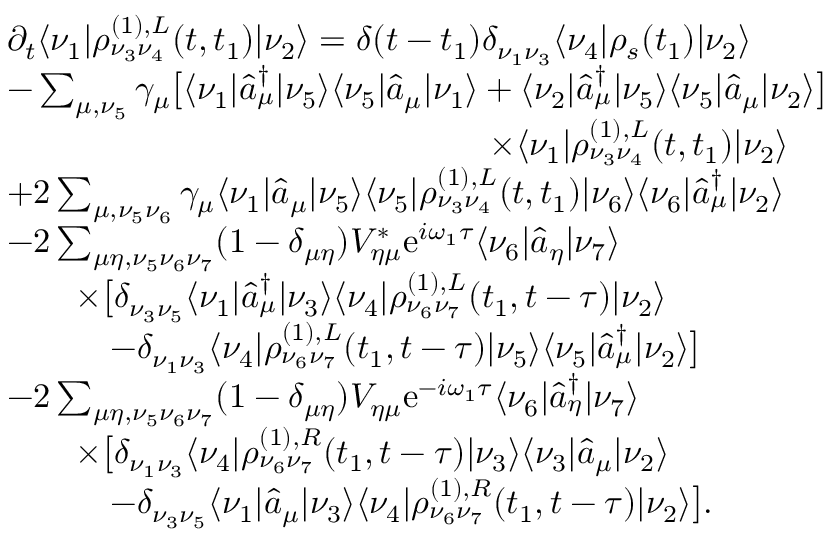
\begin{array} { r l } & { \partial _ { t } \langle \nu _ { 1 } | \rho _ { \nu _ { 3 } \nu _ { 4 } } ^ { ( 1 ) , L } ( t , t _ { 1 } ) | \nu _ { 2 } \rangle = \delta ( t - t _ { 1 } ) \delta _ { \nu _ { 1 } \nu _ { 3 } } \langle \nu _ { 4 } | \rho _ { s } ( t _ { 1 } ) | \nu _ { 2 } \rangle } \\ & { - \sum _ { \mu , \nu _ { 5 } } \gamma _ { \mu } \big [ \langle \nu _ { 1 } | \hat { a } _ { \mu } ^ { \dagger } | \nu _ { 5 } \rangle \langle \nu _ { 5 } | \hat { a } _ { \mu } | \nu _ { 1 } \rangle + \langle \nu _ { 2 } | \hat { a } _ { \mu } ^ { \dagger } | \nu _ { 5 } \rangle \langle \nu _ { 5 } | \hat { a } _ { \mu } | \nu _ { 2 } \rangle \big ] } \\ & { \qquad \qquad \qquad \qquad \qquad \qquad \qquad \times \langle \nu _ { 1 } | \rho _ { \nu _ { 3 } \nu _ { 4 } } ^ { ( 1 ) , L } ( t , t _ { 1 } ) | \nu _ { 2 } \rangle } \\ & { + 2 \sum _ { \mu , \nu _ { 5 } \nu _ { 6 } } \gamma _ { \mu } \langle \nu _ { 1 } | \hat { a } _ { \mu } | \nu _ { 5 } \rangle \langle \nu _ { 5 } | \rho _ { \nu _ { 3 } \nu _ { 4 } } ^ { ( 1 ) , L } ( t , t _ { 1 } ) | \nu _ { 6 } \rangle \langle \nu _ { 6 } | \hat { a } _ { \mu } ^ { \dagger } | \nu _ { 2 } \rangle } \\ & { - 2 \sum _ { \mu \eta , \nu _ { 5 } \nu _ { 6 } \nu _ { 7 } } ( 1 - \delta _ { \mu \eta } ) V _ { \eta \mu } ^ { * } \mathrm { e } ^ { i \omega _ { 1 } \tau } \langle \nu _ { 6 } | \hat { a } _ { \eta } | \nu _ { 7 } \rangle } \\ & { \qquad \times \big [ \delta _ { \nu _ { 3 } \nu _ { 5 } } \langle \nu _ { 1 } | \hat { a } _ { \mu } ^ { \dagger } | \nu _ { 3 } \rangle \langle \nu _ { 4 } | \rho _ { \nu _ { 6 } \nu _ { 7 } } ^ { ( 1 ) , L } ( t _ { 1 } , t - \tau ) | \nu _ { 2 } \rangle } \\ & { \qquad \quad - \delta _ { \nu _ { 1 } \nu _ { 3 } } \langle \nu _ { 4 } | \rho _ { \nu _ { 6 } \nu _ { 7 } } ^ { ( 1 ) , L } ( t _ { 1 } , t - \tau ) | \nu _ { 5 } \rangle \langle \nu _ { 5 } | \hat { a } _ { \mu } ^ { \dagger } | \nu _ { 2 } \rangle \big ] } \\ & { - 2 \sum _ { \mu \eta , \nu _ { 5 } \nu _ { 6 } \nu _ { 7 } } ( 1 - \delta _ { \mu \eta } ) V _ { \eta \mu } \mathrm { e } ^ { - i \omega _ { 1 } \tau } \langle \nu _ { 6 } | \hat { a } _ { \eta } ^ { \dagger } | \nu _ { 7 } \rangle } \\ & { \qquad \times \big [ \delta _ { \nu _ { 1 } \nu _ { 3 } } \langle \nu _ { 4 } | \rho _ { \nu _ { 6 } \nu _ { 7 } } ^ { ( 1 ) , R } ( t _ { 1 } , t - \tau ) | \nu _ { 3 } \rangle \langle \nu _ { 3 } | \hat { a } _ { \mu } | \nu _ { 2 } \rangle } \\ & { \qquad \quad - \delta _ { \nu _ { 3 } \nu _ { 5 } } \langle \nu _ { 1 } | \hat { a } _ { \mu } | \nu _ { 3 } \rangle \langle \nu _ { 4 } | \rho _ { \nu _ { 6 } \nu _ { 7 } } ^ { ( 1 ) , R } ( t _ { 1 } , t - \tau ) | \nu _ { 2 } \rangle \big ] . } \end{array}